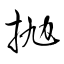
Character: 抛